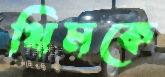
থিমকে